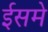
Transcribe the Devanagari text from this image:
ईसमे